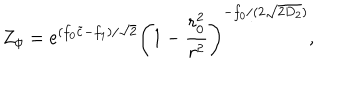
Z _ { \phi } = e ^ { ( f _ { 0 } \tilde { c } - f _ { 1 } ) / \sqrt { 2 } } \left( 1 - \frac { r _ { 0 } ^ { 2 } } { r ^ { 2 } } \right) ^ { - f _ { 0 } / ( 2 \sqrt { 2 D _ { 2 } } ) } ,